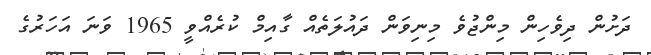
ދަށުން ދިވެހިން މިންޖުވެ މިނިވަން ދައުލަތެއް ގާއިމް ކުރެއްވީ 1965 ވަނަ އަހަރުގެ